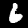
Label: 6